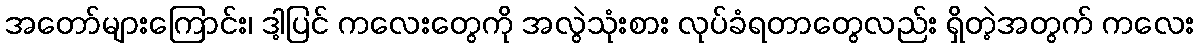
အတော်များကြောင်း၊ ဒါ့ပြင် ကလေးတွေကို အလွဲသုံးစား လုပ်ခံရတာတွေလည်း ရှိတဲ့အတွက် ကလေး